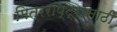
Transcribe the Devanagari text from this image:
मित्रराष्ट्रांसाठी